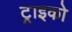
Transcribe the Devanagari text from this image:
ट्राइको